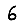
Digit: 6